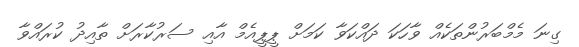
ގިނަ މެމްބަރުންތަކެއް ވާހަކަ ދައްކަވާ ކަމަށް ޕީޕީއެމް އާއި ސަރުކާރަށް ތާއިދު ކުރައްވާ